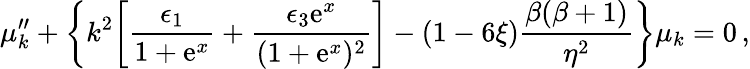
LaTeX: \mu_{k}^{\prime\prime}+\biggl\{ k^{2}\biggl[\frac{\epsilon_{1}}{1+\mathrm{e}^{x}}+\frac{\epsilon_{3}\mathrm{e}^{x}}{(1+\mathrm{e}^{x})^{2}}\biggr]-(1-6\xi)\frac{\beta(\beta+1)}{\eta^{2}}\biggr\} \mu_{k}=0\, ,